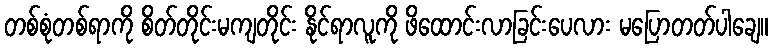
တစ်စုံတစ်ရာကို စိတ်တိုင်းမကျတိုင်း နိုင်ရာလူကို ဖိထောင်းလာခြင်းပေလား မပြောတတ်ပါချေ။